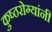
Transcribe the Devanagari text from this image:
कुष्ठरोग्यांनी